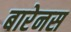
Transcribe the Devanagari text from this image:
बारेनस